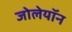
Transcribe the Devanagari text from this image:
जोलेयॉन